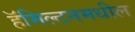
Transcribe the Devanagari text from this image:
हॅमिल्टनमधील